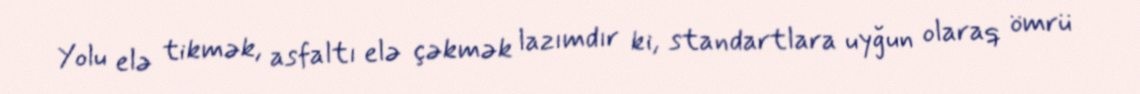
Yolu elə tikmək, asfaltı elə çəkmək lazımdır ki, standartlara uyğun olaraq ömrü